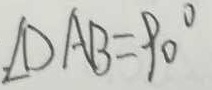
\angle D A B = 9 0 ^ { \circ }